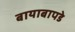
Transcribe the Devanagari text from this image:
बायाबापडे